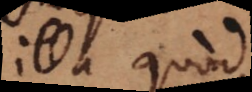
illa quod